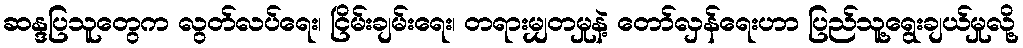
ဆန္ဒပြသူတွေက လွတ်လပ်ရေး၊ ငြိမ်းချမ်းရေး၊ တရားမျှတမှုနဲ့ တော်လှန်ရေးဟာ ပြည်သူ့ရွေးချယ်မှုလို့